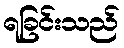
ရခြင်းသည်